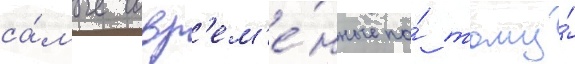
са́мые совр'ем'е́нные по́ тому́